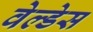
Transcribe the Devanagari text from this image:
वेल्‍डेस